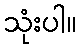
သုံးပါ။